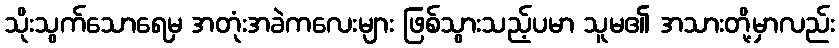
သိုးသွက်သောရေမှ အတုံးအခဲကလေးများ ဖြစ်သွားသည့်ပမာ သူမ၏ အသားတို့မှာလည်း